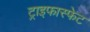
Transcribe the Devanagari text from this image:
ट्राइफास्फेट